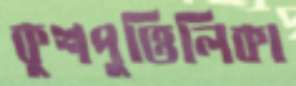
কুশপুত্তিলিকা